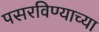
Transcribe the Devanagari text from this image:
पसरविण्याच्या